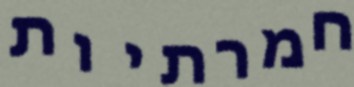
חמרתיות